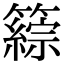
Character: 𥵹